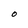
Character: O